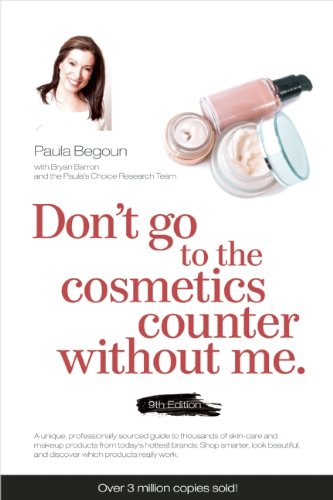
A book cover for Don't Go to the Cosmetics Counter Without Me: A unique guide to skin care and makeup products from today's hottest brands EE shop smarter and find ... (Don't Go to the Cosmetic Counter Without Me); Paula Begoun; Health, Fitness & Dieting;